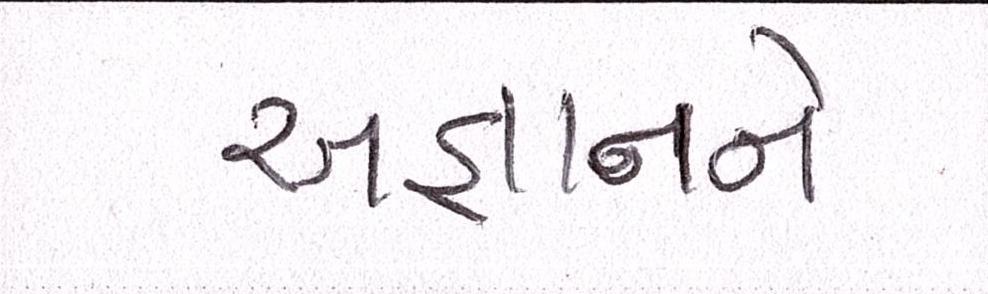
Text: અજ્ઞાનને